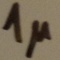
Text: 1µ